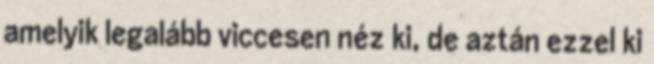
amelyik legalább viccesen néz ki, de aztán ezzel ki